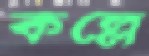
কল্লে